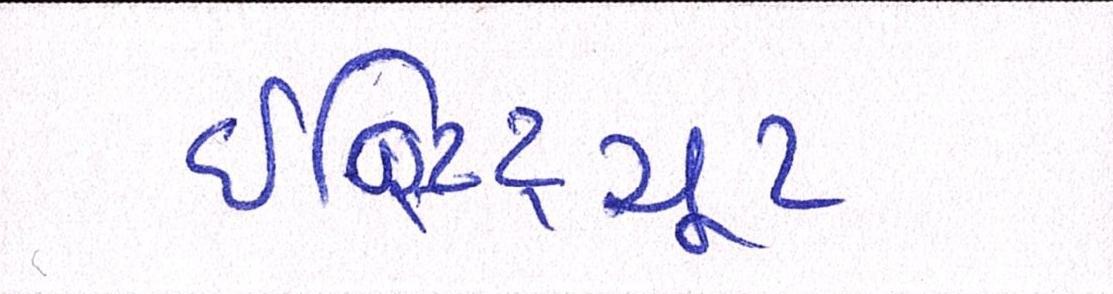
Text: ઈન્સ્ટિટ્યૂટ